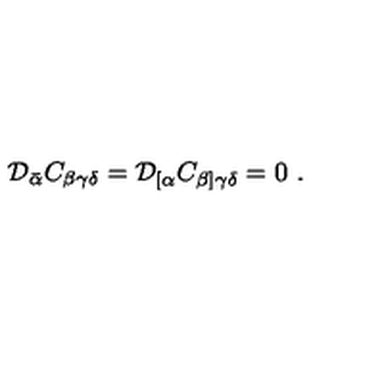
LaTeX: { \cal D } _ { \bar { \alpha } } C _ { \beta \gamma \delta } = { \cal D } _ { [ \alpha } C _ { \beta ] \gamma \delta } = 0 \ .